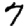
Digit: 7